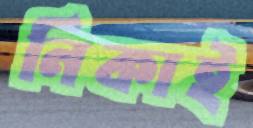
নিকাই